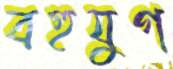
বহুযুগ